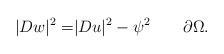
LaTeX: \begin{align*}|Dw|^2=&|Du|^2-\psi^2\quad\quad\partial\Omega.\end{align*}